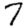
Digit: 7